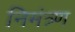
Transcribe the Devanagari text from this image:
निमंत्र्ण